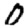
Digit: 0